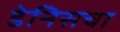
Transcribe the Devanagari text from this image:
डेनिसचा